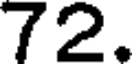
72.